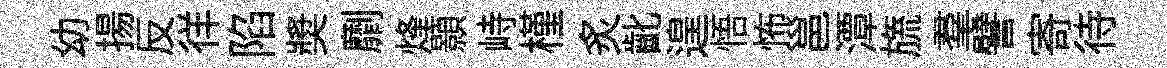
幼揚反徉陷奬劘烽顥峙槿炙齔遑悟怖邕潭旒羣譬寄待